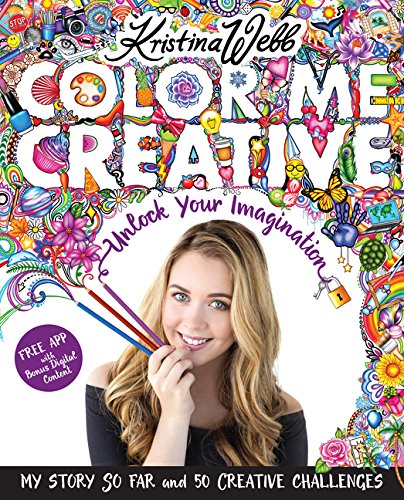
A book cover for Color Me Creative: Unlock Your Imagination; Kristina Webb; Teen & Young Adult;